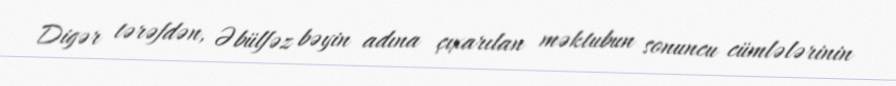
Digər tərəfdən, Əbülfəz bəyin adına çıxarılan məktubun sonuncu cümlələrinin